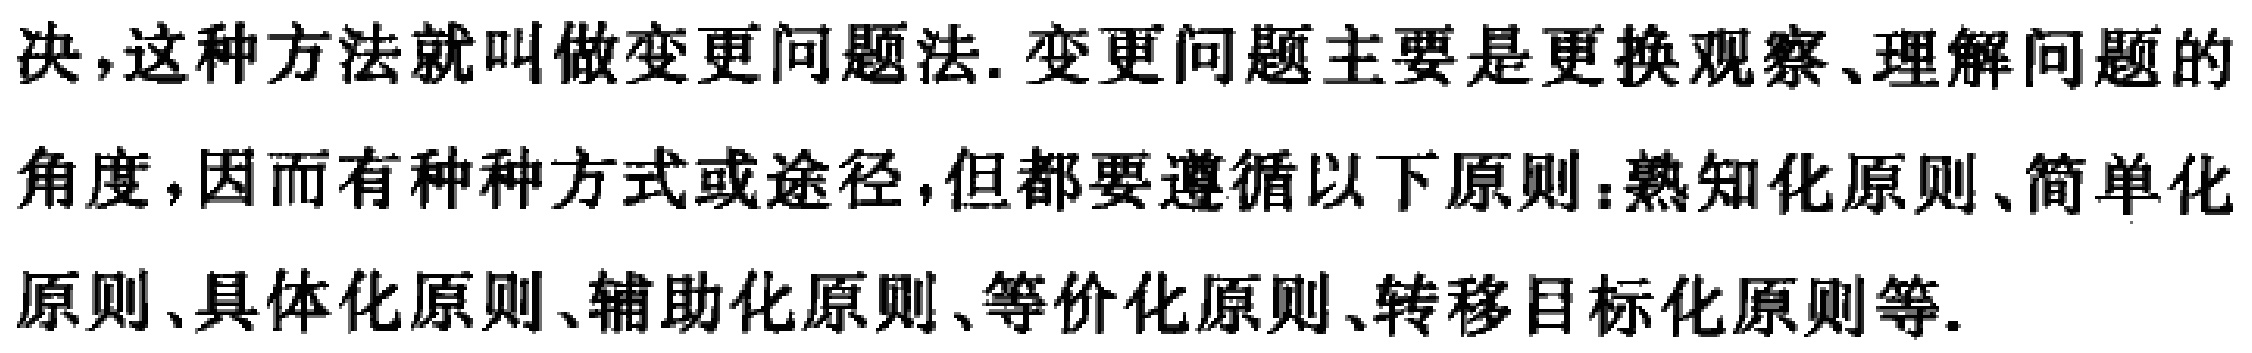
决,这种方法就叫做变更问题法.变更问题主要是更换观察、理解问题的角度,因而有种种方式或途径,但都要遵循以下原则：熟知化原则、简单化原则、具体化原则、辅助化原则、等价化原则、转移目标化原则等.